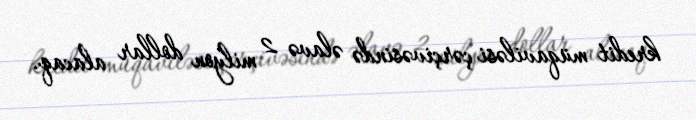
kredit müqaviləsi çərçivəsində əlavə 2 milyon dollar alacaq.